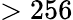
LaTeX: >256